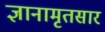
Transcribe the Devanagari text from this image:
ज्ञानामृतसार